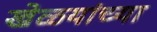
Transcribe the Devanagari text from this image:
खेळयांच्या